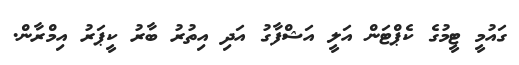
ގައުމީ ޓީމުގެ ކެޕްޓަން އަލީ އަޝްފާގު އަދި އިތުރު ބާރު ކީޕަރު އިމްރާން.